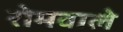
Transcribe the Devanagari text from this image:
रोमवाले